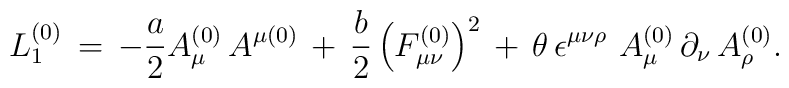
L_{1}^{\left( 0\right) }\,=\,-\frac{a}{2}A_{\mu }^{\left( 0\right) }\,A^{\mu\left( 0\right) }\,+\,\frac{b}{2}\left( F_{\mu \nu }^{\left( 0\right)}\right) ^{2}\,+\,\theta \,\epsilon ^{\mu \nu \rho }\,\,A_{\mu }^{\left(0\right) }\,\partial _{\nu }\,A_{\rho }^{\left( 0\right) }.